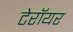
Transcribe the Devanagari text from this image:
टेरॉयर